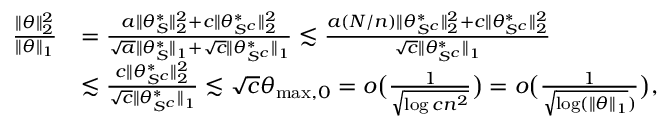
\begin{array} { r l } { \frac { \| \theta \| _ { 2 } ^ { 2 } } { \| \theta \| _ { 1 } } } & { = \frac { a \| \theta _ { S } ^ { * } \| _ { 2 } ^ { 2 } + c \| \theta _ { S ^ { c } } ^ { * } \| _ { 2 } ^ { 2 } } { \sqrt { a } \| \theta _ { S } ^ { * } \| _ { 1 } + \sqrt { c } \| \theta _ { S ^ { c } } ^ { * } \| _ { 1 } } \lesssim \frac { a ( N / n ) \| \theta _ { S ^ { c } } ^ { * } \| _ { 2 } ^ { 2 } + c \| \theta _ { S ^ { c } } ^ { * } \| _ { 2 } ^ { 2 } } { \sqrt { c } \| \theta _ { S ^ { c } } ^ { * } \| _ { 1 } } } \\ & { \lesssim \frac { c \| \theta _ { S ^ { c } } ^ { * } \| _ { 2 } ^ { 2 } } { \sqrt { c } \| \theta _ { S ^ { c } } ^ { * } \| _ { 1 } } \lesssim \sqrt { c } \theta _ { \operatorname* { m a x } , 0 } = o \big ( \frac { 1 } { \sqrt { \log c n ^ { 2 } } } \big ) = o \big ( \frac { 1 } { \sqrt { \log ( \| \theta \| _ { 1 } } ) } \big ) , } \end{array}